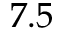
7 . 5